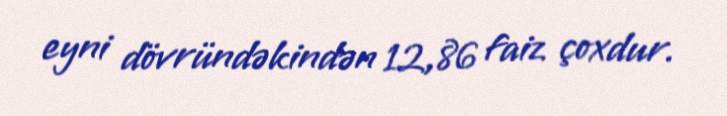
eyni dövründəkindən 12,86 faiz çoxdur.